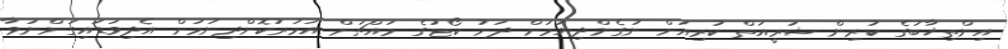
އިންތިޚާބުގެ ކުރިން ޝަރީއަތް ކުރިއަށް ނުގެންދިޔުމަށް ދަށު ކޯޓުގެ މައްޗަށް އަމުރުކޮށްދިނުމަށް އެދިވަޑައިގަންނަވާ